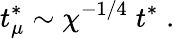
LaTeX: t_{\mu}^{\ast}\sim\chi^{-1/4}\; t^{\ast}\; .